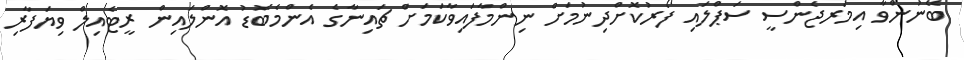
ބޭނުންވާ އިމަރޖެންސީ ސަޕްލައި ފޯރުކޮށްދިނުމަށް ނިންމާފައިވާކަމަށް ޗައިނާގެ އެންމެބޮޑު އޮންލައިން ރީޓެއިލް ވިޔަފާރި